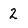
Character: 2